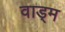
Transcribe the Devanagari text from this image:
वाड्म